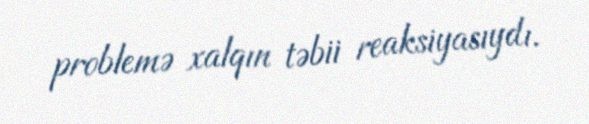
problemə xalqın təbii reaksiyasıydı.